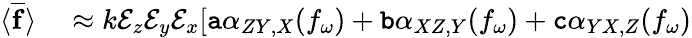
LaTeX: \begin{array}{rl}{\langle\overline{{\mathbf{f}}}\rangle}&{{}\approx k\mathcal{E}_{z}\mathcal{E}_{y}\mathcal{E}_{x}[\mathtt{a}\alpha_{ZY,X}(f_{\omega})+\mathtt{b}\alpha_{XZ,Y}(f_{\omega})+\mathtt{c}\alpha_{YX,Z}(f_{\omega})}\end{array}